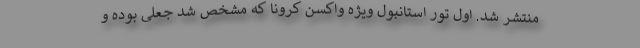
منتشر شد. اول تور استانبول ویژه واکسن کرونا که مشخص شد جعلی بوده و